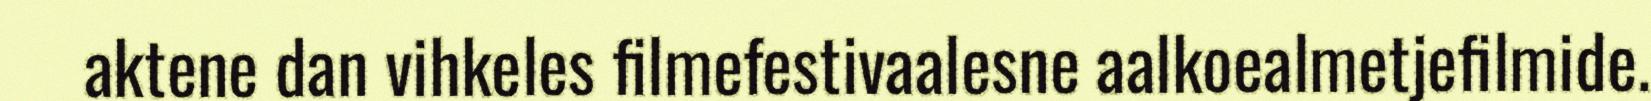
aktene dan vihkeles filmefestivaalesne aalkoealmetjefilmide.